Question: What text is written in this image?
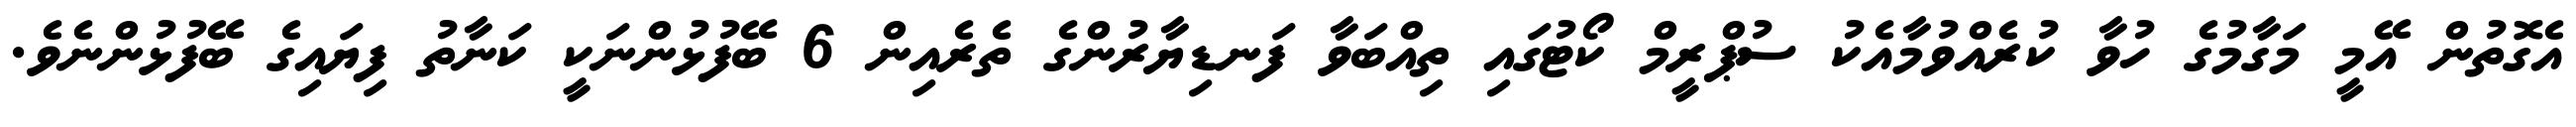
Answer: އެގޮތުން އޭމީ މަގާމުގެ ހުވާ ކުރެއްވުމާއެކު ސުޕްރީމް ކޯޓުގައި ތިއްބަވާ ފަނޑިޔާރުންގެ ތެރެއިން 6 ބޭފުޅުންނަކީ ކަނާތު ފިޔައިގެ ބޭފުޅުންނެވެ.